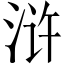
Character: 浒